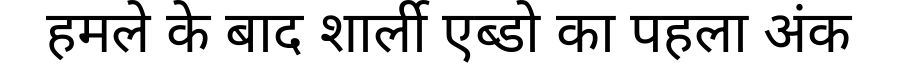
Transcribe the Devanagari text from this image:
हमले के बाद शार्ली एब्डो का पहला अंक